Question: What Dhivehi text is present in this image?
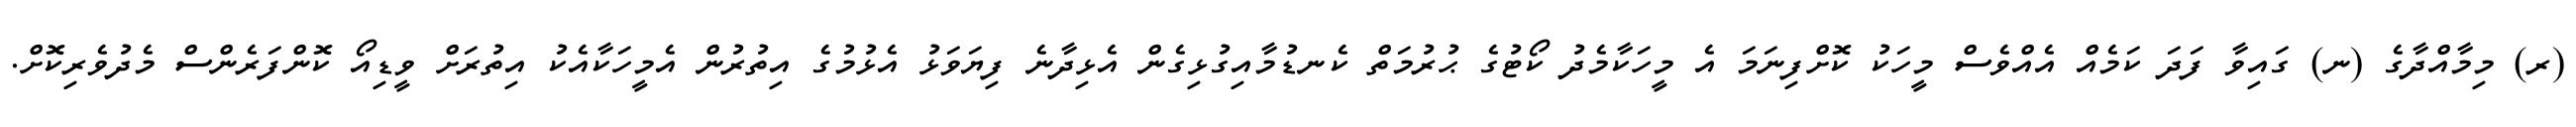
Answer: (ރ) މިމާއްދާގެ (ނ) ގައިވާ ފަދަ ކަމެއް އެއްވެސް މީހަކު ކޮށްފިނަމަ އެ މީހަކާމެދު ކޯޓުގެ ޙުރުމަތް ކެނޑުމާއިގުޅިގެން އެޅިދާނެ ފިޔަވަޅު އެޅުމުގެ އިތުރުން އެމީހަކާއެކު އިތުރަށް ވީޑިއޯ ކޮންފަރެންސް މެދުވެރިކޮށް.